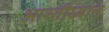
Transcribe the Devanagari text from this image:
आरतीध्यान